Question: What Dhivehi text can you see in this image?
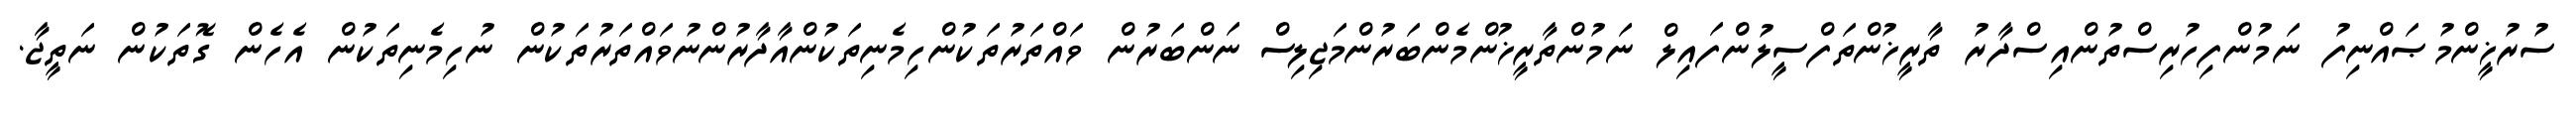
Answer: ސުރުޚީންމުޞައްނިފު ނަމުންފިހުރިސްތުންއިސްދާރު ތާރީޚުންތަފްސީލުންފައިލް ނަމުންތާރީޚުންމެންބަރުންމަޖިލިސް ނަންބަރުން ވައްތަރުތަކުންހިމެނިތަކުންއާދާރުންނުވައްތަރުތަކުން ނުހިމެނިތަކުން އެހެން ގޮތަކުން ނަތީޖާ.